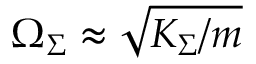
\Omega _ { \Sigma } \approx \sqrt { K _ { \Sigma } / m }